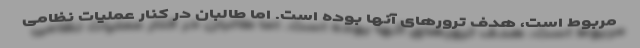
مربوط است، هدف ترورهای آنها بوده است. اما طالبان در کنار عملیات نظامی